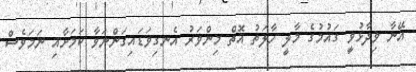
އޭނާ ވިދާޅުވީ ގައުމުގެ މާލީ ހާލަތު އޮތް މިންވަރު އެނގިވަޑައިގަންނަވާ ކަމަށާއި ނަމަވެސް